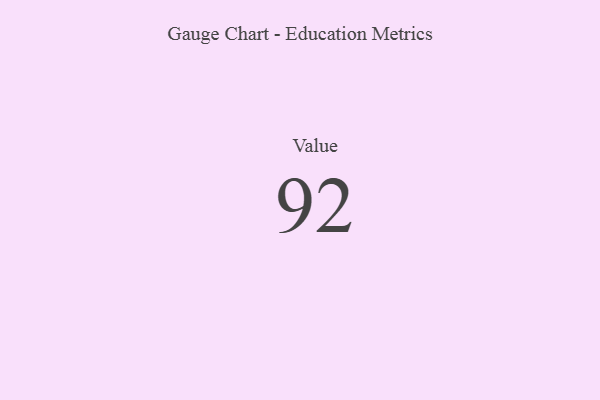
{"axis": {"x": "Metric", "y": "Value"}, "legend": [""], "data": [{"x": "Value", "y": 92, "type": ""}]}